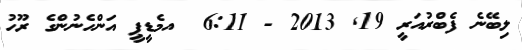
ލިބޭނެ ފެބްރުއަރީ 19